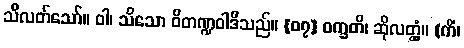
သိလတ်သော်။ ဝါ၊ သိသော ဝိတဏ္ဍဝါဒီသည်။ {၀၇} ဝက္ခတိ၊ ဆိုလတ္တံ့။ (ကိံ၊